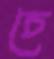
চে